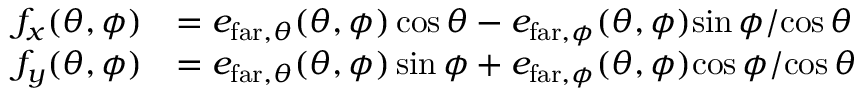
\begin{array} { r l } { f _ { x } ( \theta , \phi ) } & { = e _ { \mathrm { f a r } , \theta } ( \theta , \phi ) \cos \theta - e _ { \mathrm { f a r } , \phi } ( \theta , \phi ) { \sin \phi } / { \cos \theta } } \\ { f _ { y } ( \theta , \phi ) } & { = e _ { \mathrm { f a r } , \theta } ( \theta , \phi ) \sin \phi + e _ { \mathrm { f a r } , \phi } ( \theta , \phi ) { \cos \phi } / { \cos \theta } } \end{array}